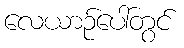
လေယာဉ်ပေါ်တွင်